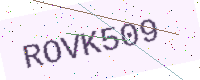
Text: ROVK509